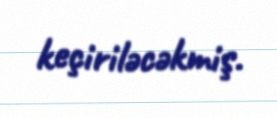
keçiriləcəkmiş.